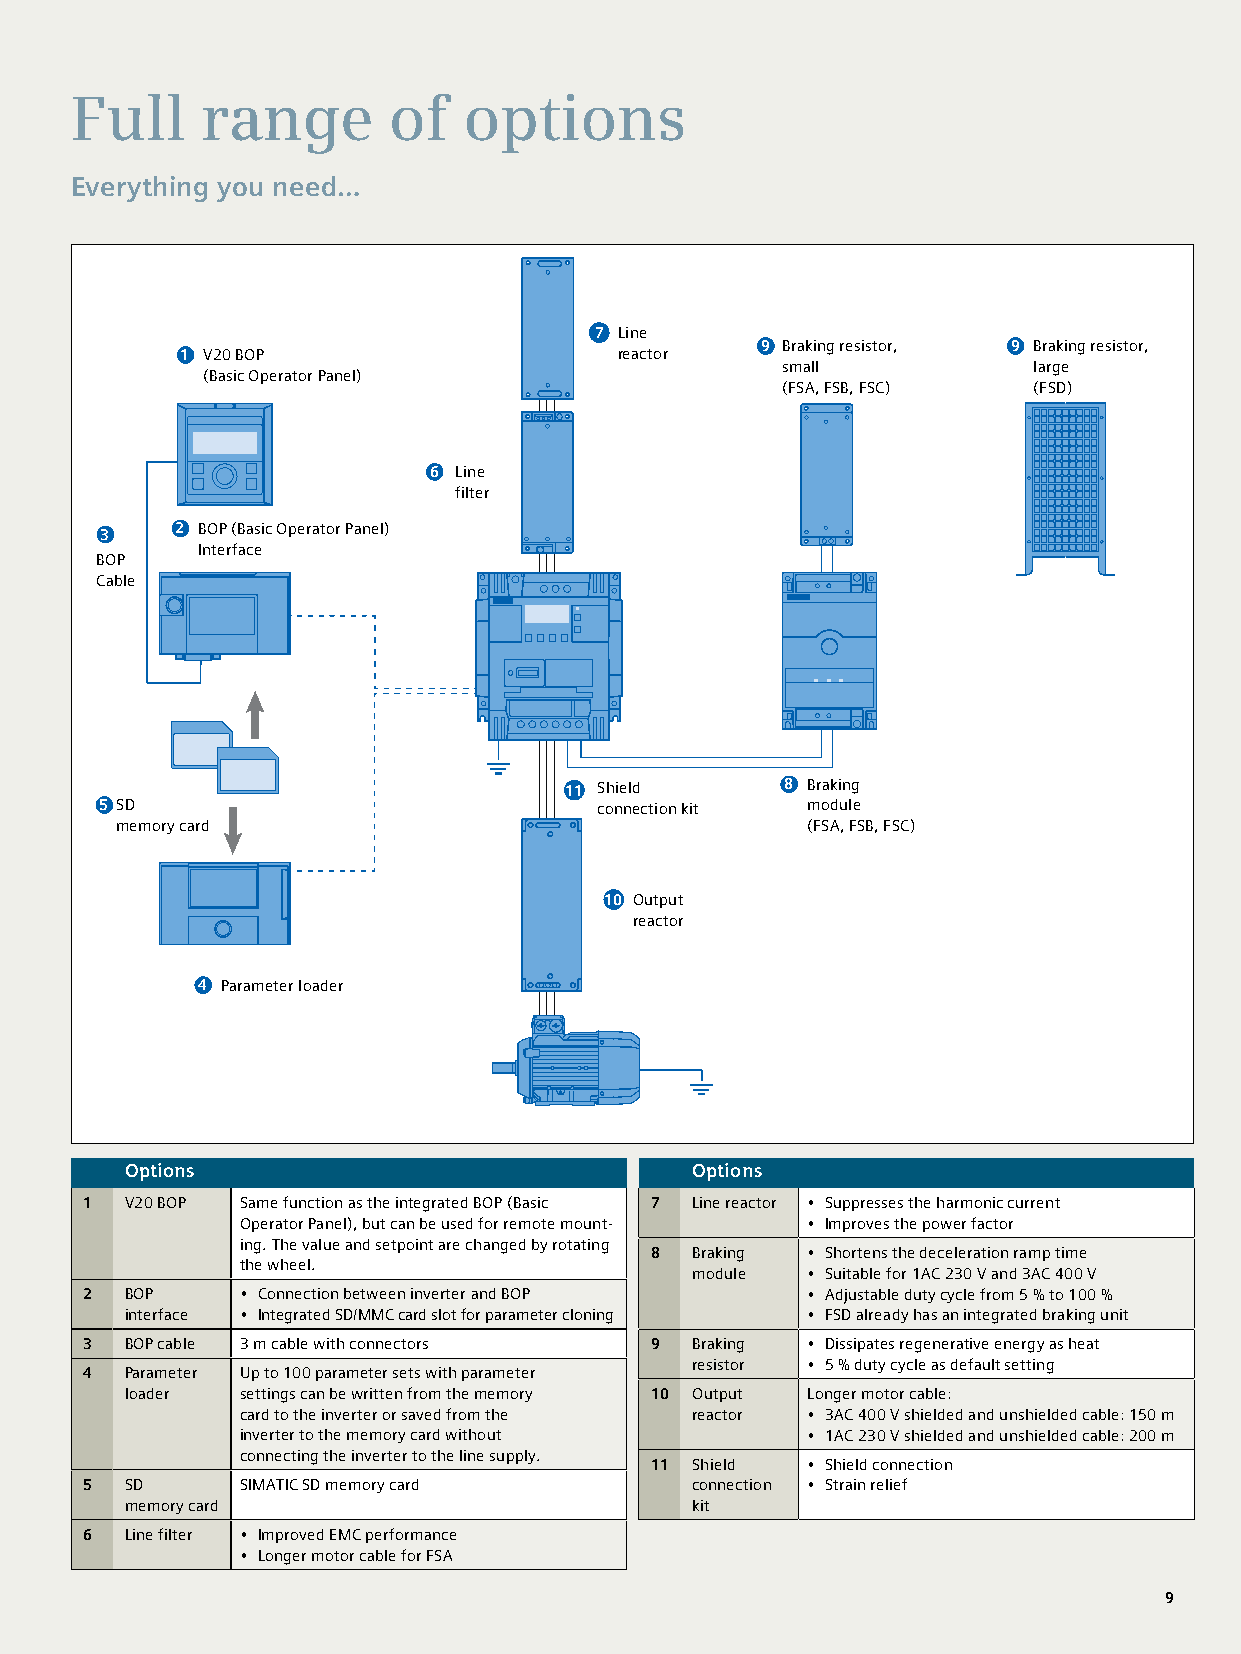
Full    range        of   options
 Everything you need…
 7 Line
 9 Braking resistor, 9 Braking resistor,
 1 V20 BOP                    reactor
 small           large
 (Basic Operator Panel)
 (FSA, FSB, FSC) (FSD)
 6 Line
 filter
 3    2 BOP (Basic Operator Panel)
 Interface
 BOP
 Cable
 11 Shield      8 Braking
 5 SD                             connection kit module
 memory card                                  (FSA, FSB, FSC)
 10 Output
 reactor
 4 Parameter loader
 Options                               Options
 1 V20 BOP Same function as the integrated BOP (Basic 7 Line reactor • Suppresses the harmonic current
 Operator Panel), but can be used for remote mount- • Improves the power factor
 ing. The value and setpoint are changed by rotating
 8  Braking • Shortens the deceleration ramp time
 the wheel.
 module • Suitable for 1AC 230 V and 3AC 400 V
 2 BOP     • Connection between inverter and BOP • Adjustable duty cycle from 5 % to 100 %
 interface • Integrated SD/MMC card slot for parameter cloning • FSD already has an integrated braking unit
 3 BOP cable 3 m cable with connectors 9 Braking • Dissipates regenerative energy as heat
 resistor • 5 % duty cycle as default setting
 4 Parameter Up to 100 parameter sets with parameter
 loader  settings can be written from the memory 10 Output Longer motor cable:
 card to the inverter or saved from the reactor • 3AC 400 V shielded and unshielded cable: 150 m
 inverter to the memory card without  • 1AC 230 V shielded and unshielded cable: 200 m
 connecting the inverter to the line supply.
 11 Shield • Shield connection
 5 SD      SIMATIC SD memory card        connection • Strain relief
 memory card                           kit
 6 Line filter • Improved EMC performance
 • Longer motor cable for FSA
 99